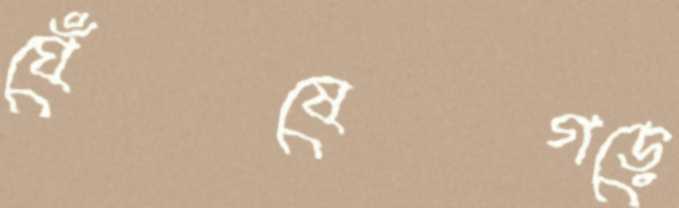
ঘেঁষেগড়ে